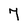
Character: 7